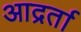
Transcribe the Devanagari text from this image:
आद्रर्ता